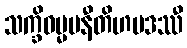
သက္ခိဓမ္မမနီတိဟမဒဿီ